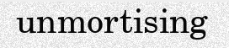
unmortising